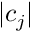
| c _ { j } |